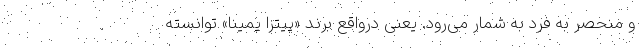
و منحصر به فرد به شمار می‌رود. یعنی درواقع برند «پیتزا پمینا» توانسته